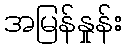
အမြန်နှုန်း